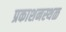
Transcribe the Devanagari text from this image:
प्रकाशनस्थळ